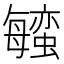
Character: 𬠱